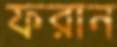
ফরান